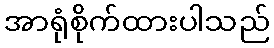
အာရုံစိုက်ထားပါသည်